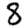
Digit: 8